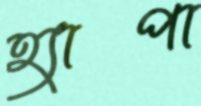
হ্যাপা